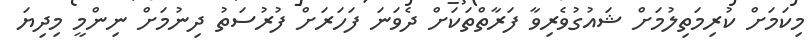
މިކަމަށް ކުރިމަތިލުމަށް ޝައުގުވެރިވާ ފަރާތްތަކަށް ދެވަނަ ފަހަރަށް ފުރުސަތު ދިނުމަށް ނިންމީ މިދިޔަ